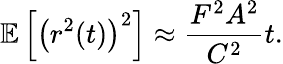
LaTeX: \mathbb{E}\left[\left(r^{2}(t)\right)^{2}\right]\approx\frac{F^{2}A^{2}}{C^{2}}t.